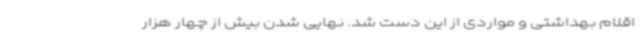
اقلام بهداشتی و مواردی از این دست شد. نهایی شدن بیش از چهار هزار